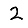
Digit: 2